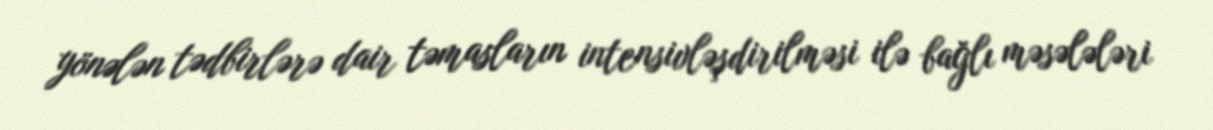
yönələn tədbirlərə dair təmasların intensivləşdirilməsi ilə bağlı məsələləri